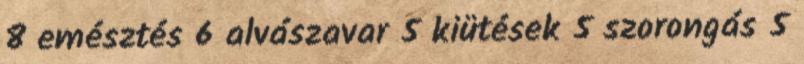
8 emésztés 6 alvászavar 5 kiütések 5 szorongás 5